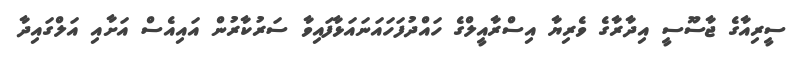
ސީރިއާގެ ޖާސޫސީ އިދާރާގެ ވެރިޔާ އިސްރާއީލްގެ ހައްދުފަހައަނައަޅާފައިވާ ސަރުކާރުން އައިއެސް އަށާއި އަލްގައިދާ